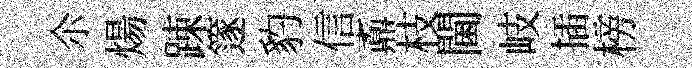
尒煬踈篴豹信鼒枝閫岐插榜